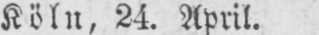
Köln, 24. April.